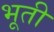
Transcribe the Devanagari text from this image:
भूती